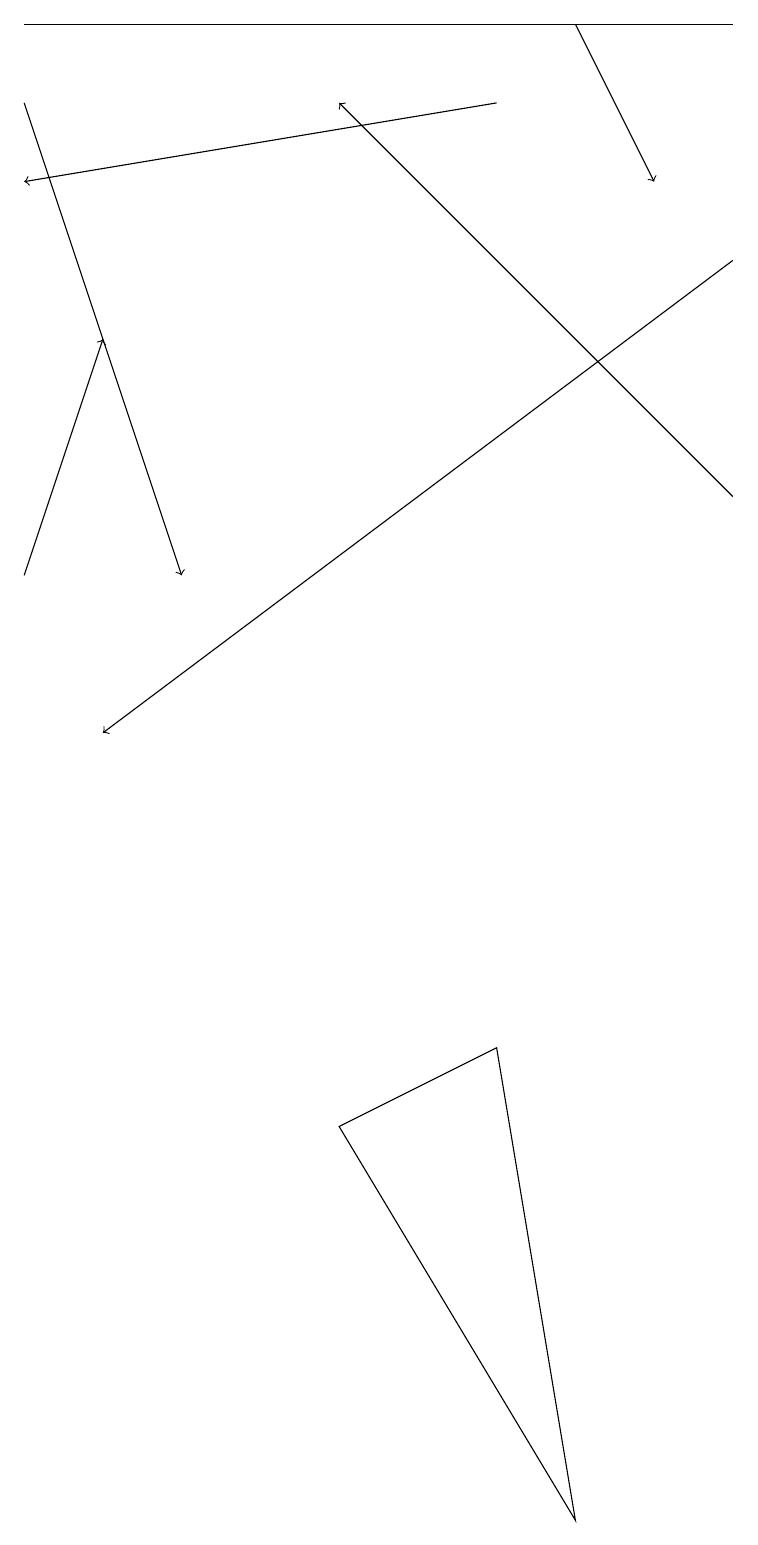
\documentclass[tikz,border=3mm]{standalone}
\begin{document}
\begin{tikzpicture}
\draw[->] (6,18) -- (0,17);
\draw[->] (7,19) -- (8,17);
\draw[->] (9,13) -- (4,18);
\draw[->] (0,12) -- (1,15);
\draw[->] (0,18) -- (2,12);
\draw (4,5) -- (7,0) -- (6,6) -- cycle;
\draw (9,19) rectangle (0,19);
\draw[->] (9,16) -- (1,10);
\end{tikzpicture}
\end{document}